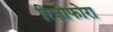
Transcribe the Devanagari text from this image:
रिज़ोफोरा